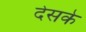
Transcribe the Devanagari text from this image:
देसके